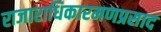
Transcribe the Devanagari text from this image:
राजाराधिकारमणप्रसाद